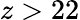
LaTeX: z>22